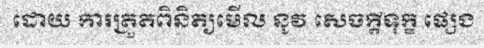
ដោយ ការត្រួតពិនិត្យមើល នូវ សេចក្តីទុក្ខ ផ្សេង